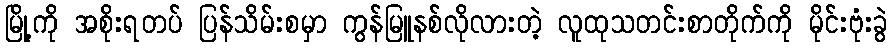
မြို့ကို အစိုးရတပ် ပြန်သိမ်းစမှာ ကွန်မြူနစ်လိုလားတဲ့ လူထုသတင်းစာတိုက်ကို မိုင်းဗုံးခွဲ